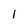
Character: l